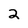
Character: 2